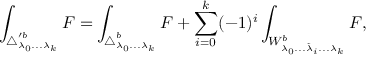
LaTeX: \int _ { \triangle _ { \lambda _ { 0 } . . . \lambda _ { k } } ^ { \prime b } } F = \int _ { \triangle _ { \lambda _ { 0 } . . . \lambda _ { k } } ^ { b } } F + \sum _ { i = 0 } ^ { k } ( - 1 ) ^ { i } \int _ { W _ { \lambda _ { 0 } . . . \hat { \lambda } _ { i } . . . \lambda _ { k } } ^ { b } } F ,